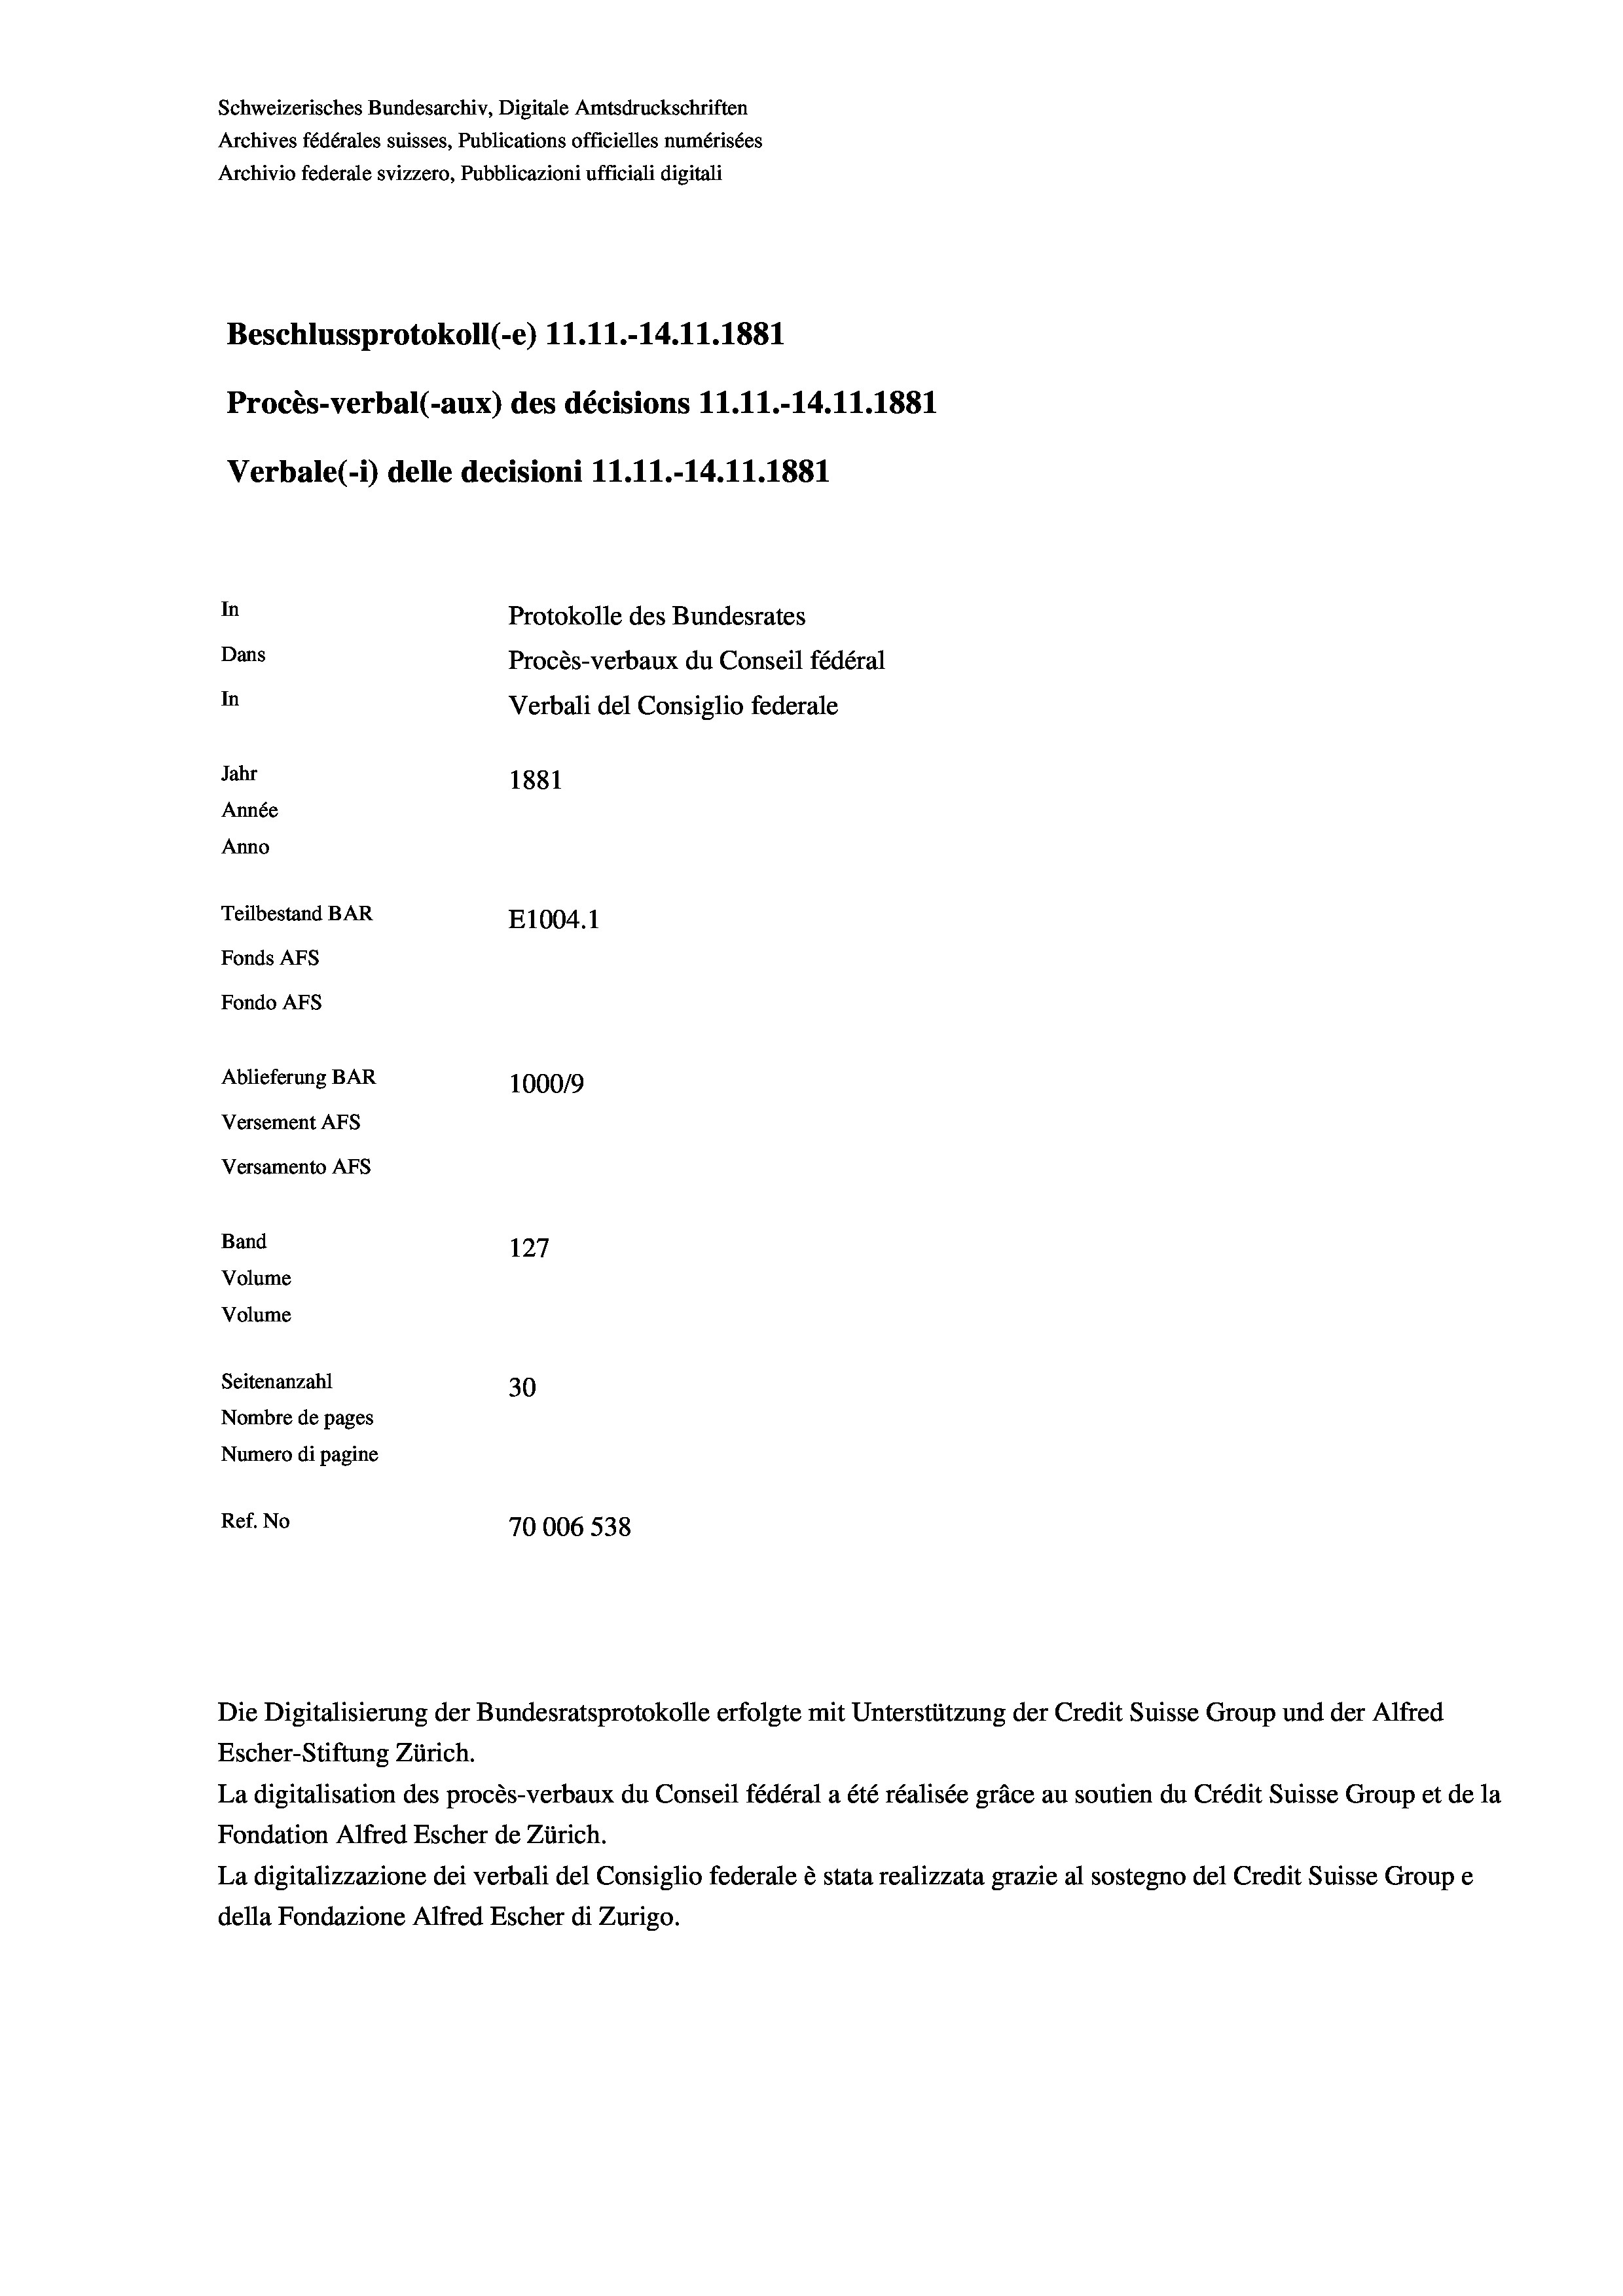
Schweizerisches Bundesarchiv, Digitale Amtsdruckschriften
Archives fédérales suisses, Publications officielles numérisées
Archivio federale svizzero, Pubblicazioni ufficiali digitali
Beschlussprotokoll (-e) 11.11.-14.11.1881
Procès-verbal (-aux) des décisions 11.11.-14.11.1881
Verbale(-*) delle decisioni 11.11.-14.11.1881
In
Protokolle des Bundesrates
Dans
Procès-verbaux du Conseil fédéral
In
Verbali del Consiglio federale
Jahr
1881
Année
Anno
Teilbestand BAR
E1004. 1
Fonds AFs
Fondo AFS
Ablieferung BAR
100019
Versement AFs
Versamento AFs
Band
127
Volume
Volume
Seitenanzahl
30
Nombre de pages
Numero di pagine
Ref. No
70006 538

Die Digitalisierung der Bundesratsprotokolle erfolgte mit Unterstützung der Credit Suisse Group und der Alfred
Escher-Stiftung Zürich.
La digitalisation des procès-verbaux du Conseil fédéral a été réalisée gräce au soutien du Crédit Suisse Group et de la
Fondation Alfred Escher de Zürich.
La digitalizzazione dei verbali del Consiglio federale è stata realizzata grazie al sostegno del Credit Suisse Groupe
della Fondazione Alfred Escher di Zurigo.